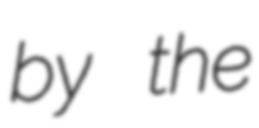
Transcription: by the